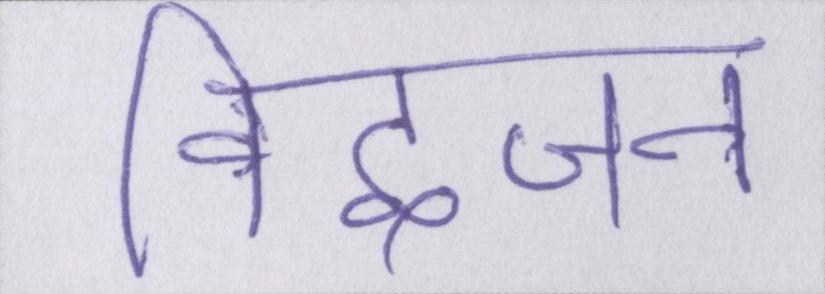
विद्वजन